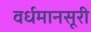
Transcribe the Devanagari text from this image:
वर्धमानसूरी